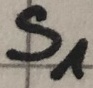
Text: S1